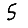
Digit: 5